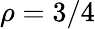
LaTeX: \rho=3/4